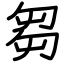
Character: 芻